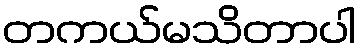
တကယ်မသိတာပါ